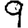
Digit: 9